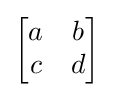
{\begin{bmatrix}a&b\\c&d\end{bmatrix}}